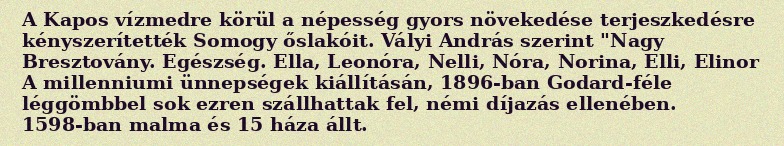
A Kapos vízmedre körül a népesség gyors növekedése terjeszkedésre kényszerítették Somogy őslakóit. Vályi András szerint "Nagy Bresztovány. Egészség. Ella, Leonóra, Nelli, Nóra, Norina, Elli, Elinor A millenniumi ünnepségek kiállításán, 1896-ban Godard-féle léggömbbel sok ezren szállhattak fel, némi díjazás ellenében. 1598-ban malma és 15 háza állt.